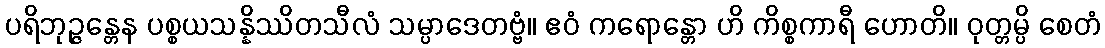
ပရိဘုဉ္ဇန္တေန ပစ္စယသန္နိဿိတသီလံ သမ္ပာဒေတဗ္ဗံ။ ဧဝံ ကရောန္တော ဟိ ကိစ္စကာရီ ဟောတိ။ ဝုတ္တမ္ပိ စေတံ